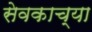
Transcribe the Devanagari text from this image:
सेवकाच्या